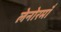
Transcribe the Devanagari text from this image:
लेनोरमाँ